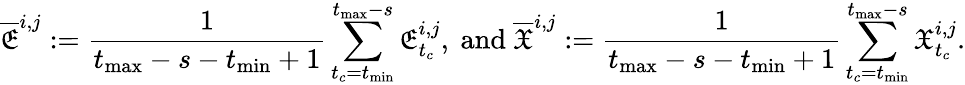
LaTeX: \overline{{\mathfrak{E}}}^{i,j}:=\frac{1}{t_{\operatorname*{max}}-s-t_{\operatorname*{min}}+1}\sum_{t_{c}=t_{\operatorname*{min}}}^{t_{\operatorname*{max}}-s}\mathfrak{E}_{t_{c}}^{i,j},\mathrm{~and~}\overline{{\mathfrak{X}}}^{i,j}:=\frac{1}{t_{\operatorname*{max}}-s-t_{\operatorname*{min}}+1}\sum_{t_{c}=t_{\operatorname*{min}}}^{t_{\operatorname*{max}}-s}\mathfrak{X}_{t_{c}}^{i,j}.